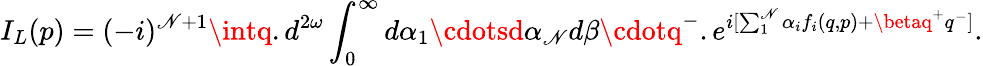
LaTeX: I_{L}(p)=(-i)^{\mathscr{N}+1}\intq.d^{2\omega}\int_{0}^{\infty}d\alpha_{1}\cdotsd\alpha_{\mathscr{N}}d\beta\cdotq^{-}.e^{i[\sum_{1}^{\mathscr{N}}\alpha_{i}f_{i}(q,p)+\betaq^{+}q^{-}]}.